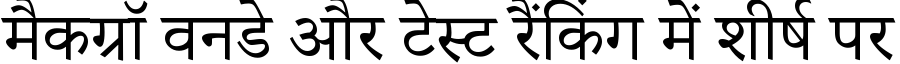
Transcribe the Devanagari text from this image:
मैकग्रॉ वनडे और टेस्ट रैंकिंग में शीर्ष पर